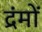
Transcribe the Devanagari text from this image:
द्रंमों